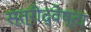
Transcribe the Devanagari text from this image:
स्त्रीद्वेष्टा